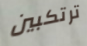
ترتكبين